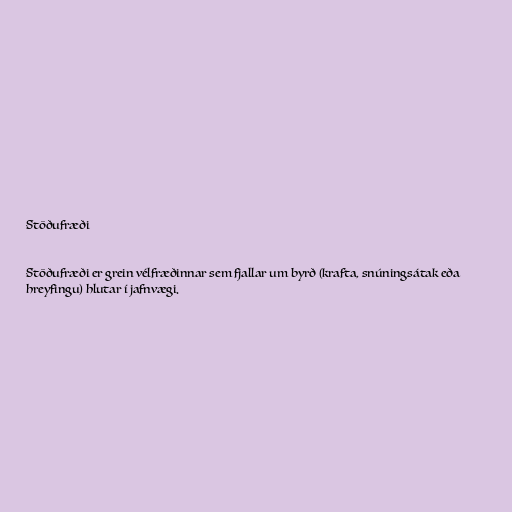
Stöðufræði

Stöðufræði er grein vélfræðinnar sem fjallar um byrð (krafta, snúningsátak eða
hreyfingu) hlutar í jafnvægi.